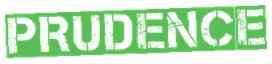
PRUDENCE